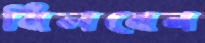
বিলবেন